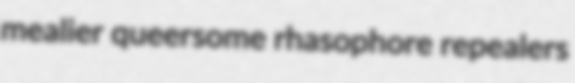
mealier queersome rhasophore repealers